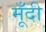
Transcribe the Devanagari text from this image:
मूँदी